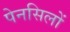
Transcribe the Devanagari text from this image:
पेनसिलों